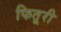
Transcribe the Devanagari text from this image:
फितूरी